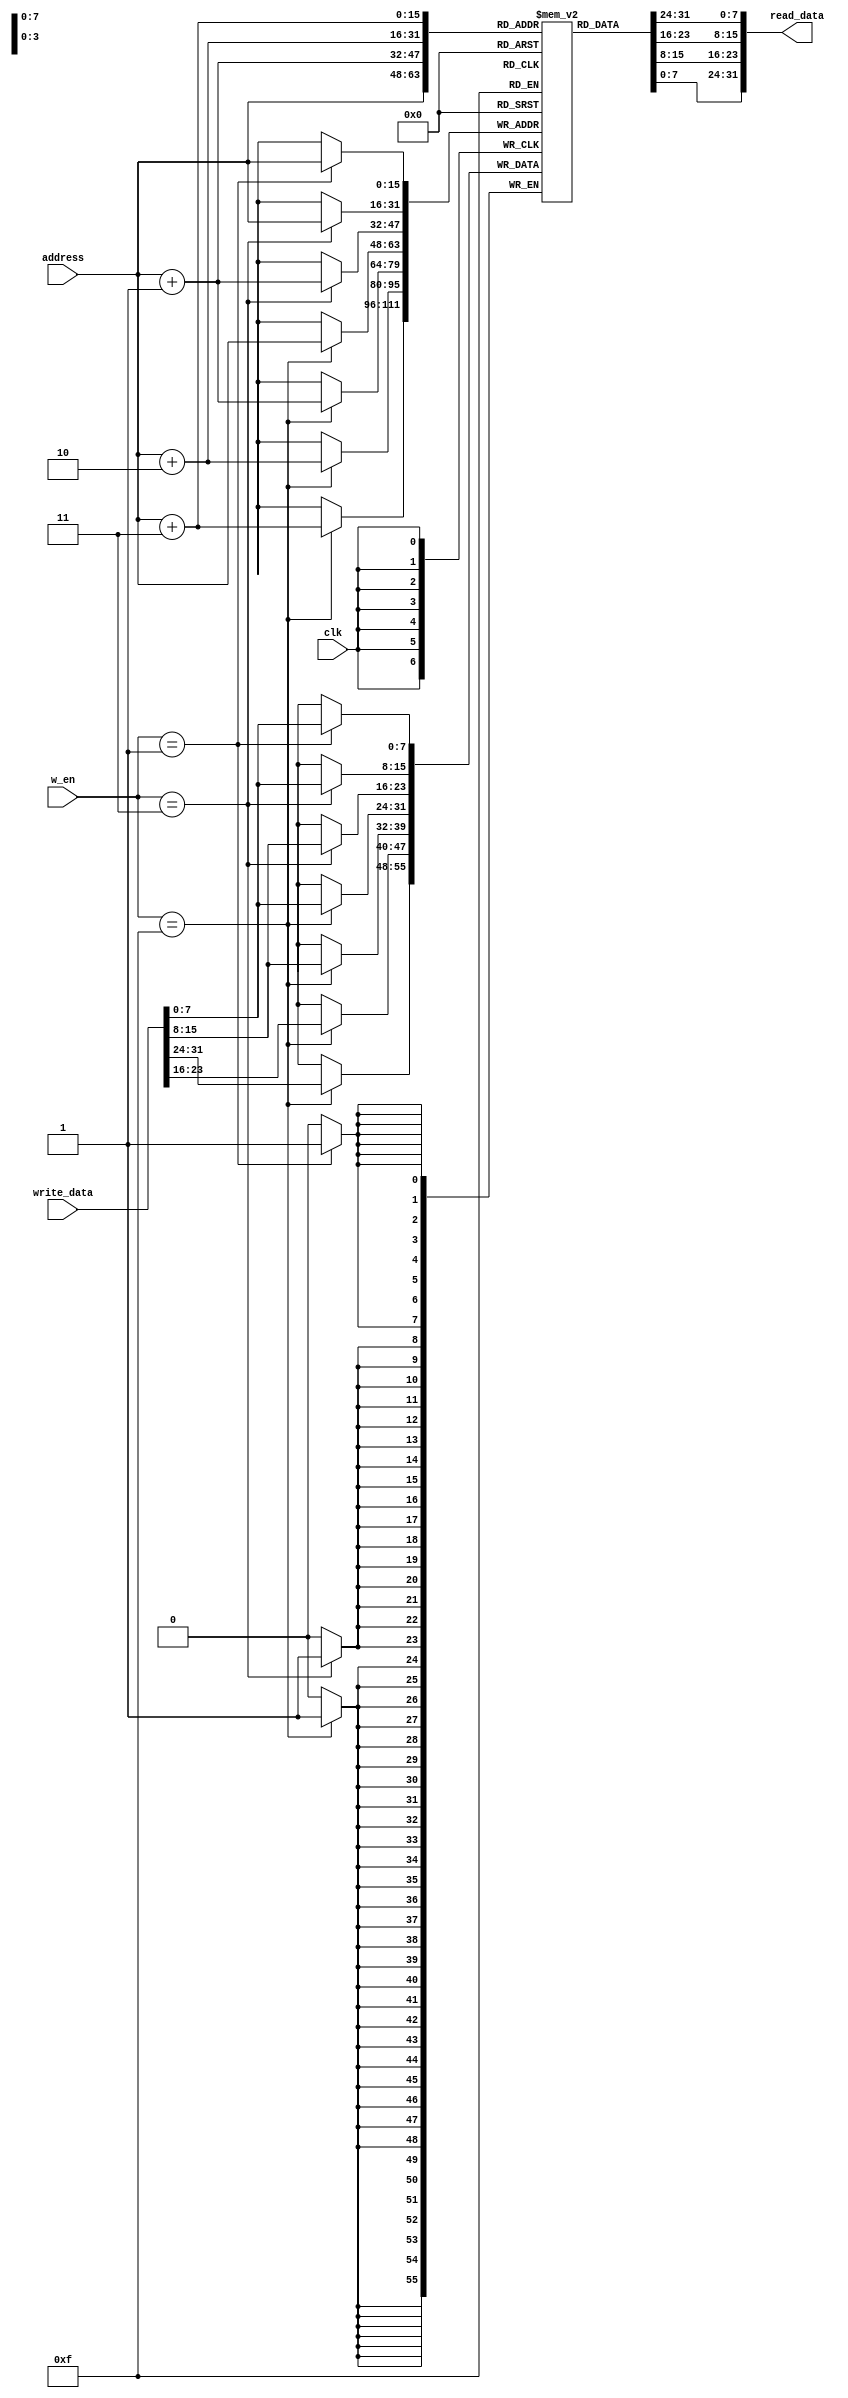
module SRAM (
input clk,
input [3:0] w_en,
input [15:0] address,
input [31:0] write_data,
output [31:0] read_data
);

// 65535 mem
reg [7:0] mem [0:65535];


always @(posedge clk) begin
    case (w_en)
        // sb
        4'b0001 : begin
            mem[address] <= write_data[7:0];
        end 
        // shw
        4'b0011 : begin
            mem[address] <= write_data[7:0];
            mem[address+1] <= write_data[15:8];
        end 
        // sw
        4'b1111 : begin
            mem[address] <= write_data[7:0];
            mem[address+1] <= write_data[15:8];
            mem[address+2] <= write_data[23:16];
            mem[address+3] <= write_data[31:24];
        end 
    endcase
end

assign read_data = {mem[address+3],mem[address+2],mem[address+1],mem[address]};

endmodule